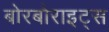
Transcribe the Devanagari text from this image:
बोरबोराइट्स